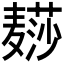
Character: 𱋨